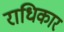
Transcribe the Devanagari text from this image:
राधिकार